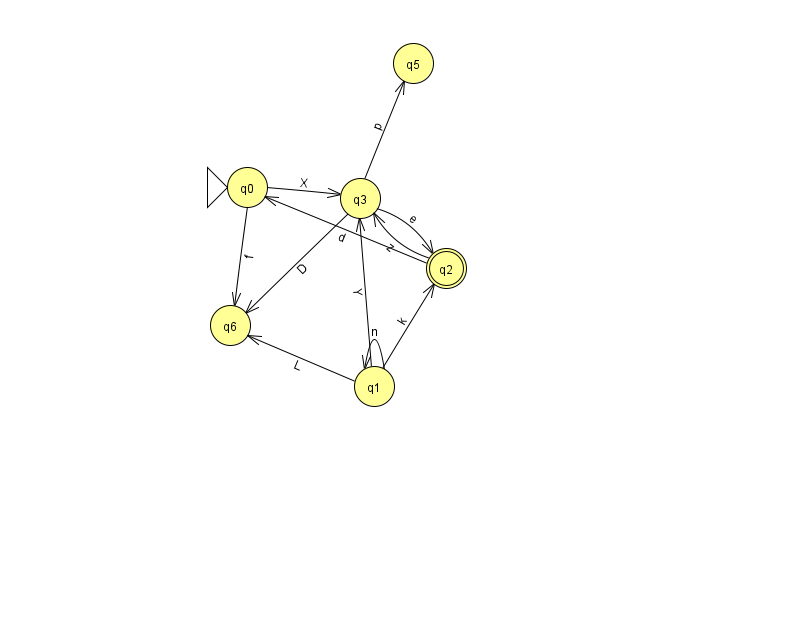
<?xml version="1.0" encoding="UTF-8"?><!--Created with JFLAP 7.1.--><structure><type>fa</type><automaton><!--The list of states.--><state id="0" name="q0"><x>247.0</x><y>174.0</y><initial/></state><state id="1" name="q1"><x>374.0</x><y>373.0</y></state><state id="2" name="q2"><x>446.0</x><y>255.0</y><final/></state><state id="3" name="q3"><x>360.0</x><y>185.0</y></state><state id="5" name="q5"><x>413.0</x><y>50.0</y></state><state id="6" name="q6"><x>230.0</x><y>312.0</y></state><!--The list of transitions.--><transition><from>1</from><to>3</to><read>Y</read></transition><transition><from>3</from><to>6</to><read>D</read></transition><transition><from>2</from><to>0</to><read>d</read></transition><transition><from>2</from><to>3</to><read>z</read></transition><transition><from>0</from><to>3</to><read>X</read></transition><transition><from>1</from><to>6</to><read>L</read></transition><transition><from>0</from><to>6</to><read>f</read></transition><transition><from>3</from><to>2</to><read>e</read></transition><transition><from>3</from><to>5</to><read>p</read></transition><transition><from>1</from><to>1</to><read>n</read></transition><transition><from>1</from><to>2</to><read>k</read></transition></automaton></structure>